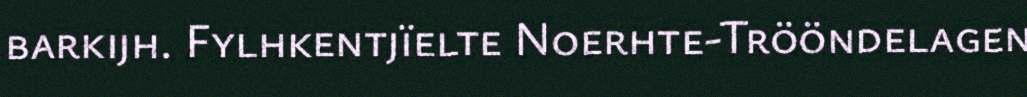
barkijh. Fylhkentjïelte Noerhte-Trööndelagen